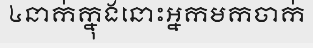
៤នាក់ក្នុងនោះអ្នកមកចាក់